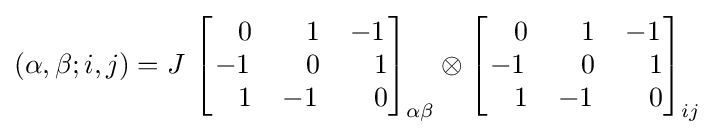
(\alpha ,\beta ;i,j)=J~{\begin{bmatrix}\;~~0&\;~~1&-1\\-1&\;~~0&\;~~1\\\;~~1&-1&\;~~0\end{bmatrix}}_{\alpha \beta }\otimes {\begin{bmatrix}\;~~0&\;~~1&-1\\-1&\;~~0&\;~~1\\\;~~1&-1&\;~~0\end{bmatrix}}_{ij}\;